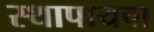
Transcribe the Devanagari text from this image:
स्थापायचा